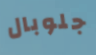
جلوبال